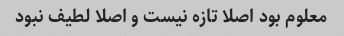
معلوم بود اصلا تازه نیست و اصلا لطیف نبود